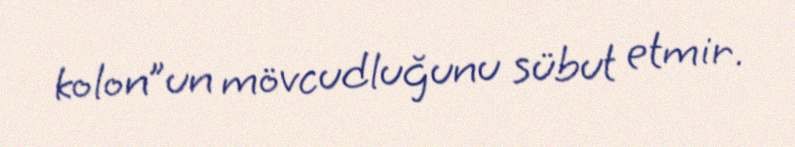
kolon”un mövcudluğunu sübut etmir.